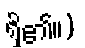
ရှိ၏။)